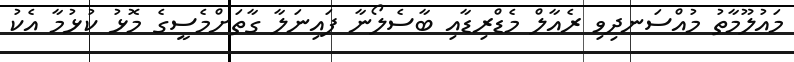
މައުލޫމާތު މުއްސަނދިވި ރެއާލް މެޑްރިޑާއި ބާސެލޯނާ ފައިނަލާ ގާތަށްމެސީގެ މޮޅު ކުޅުމާ އެކު